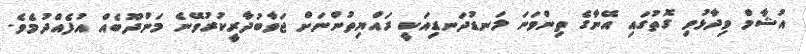
އުޝާމް ވިދާޅުވި ގޮތުގައި އޭނާގެ ތިންވަނަ ލަނޑުދަނޑިއަކީ ރައްޔިތުންނަށް ޖަވާބުދާރީކުރުވޭނެ މަންދޫބެއް އުފެއްދުމެވެ.